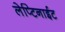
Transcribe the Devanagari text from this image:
लेप्टिनाईट